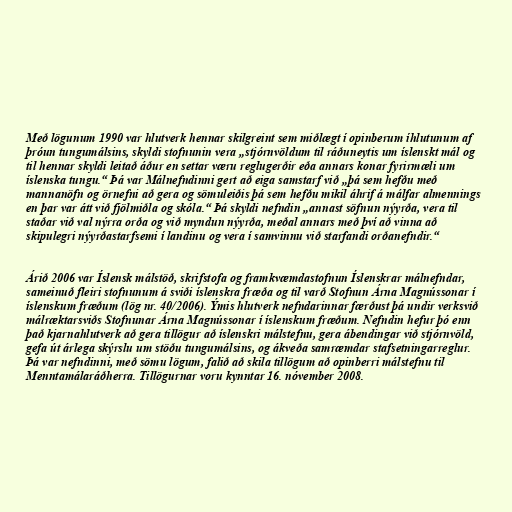
Með lögunum 1990 var hlutverk hennar skilgreint sem miðlægt í opinberum íhlutunum af
þróun tungumálsins, skyldi stofnunin vera „stjórnvöldum til ráðuneytis um íslenskt mál og
til hennar skyldi leitað áður en settar væru reglugerðir eða annars konar fyrirmæli um
íslenska tungu.“ Þá var Málnefndinni gert að eiga samstarf við „þá sem hefðu með
mannanöfn og örnefni að gera og sömuleiðis þá sem hefðu mikil áhrif á málfar almennings
en þar var átt við fjölmiðla og skóla.“ Þá skyldi nefndin „annast söfnun nýyrða, vera til
staðar við val nýrra orða og við myndun nýyrða, meðal annars með því að vinna að
skipulegri nýyrðastarfsemi í landinu og vera í samvinnu við starfandi orðanefndir.“

Árið 2006 var Íslensk málstöð, skrifstofa og framkvæmdastofnun Íslenskrar málnefndar,
sameinuð fleiri stofnunum á sviði íslenskra fræða og til varð Stofnun Árna Magnússonar í
íslenskum fræðum (lög nr. 40/2006). Ýmis hlutverk nefndarinnar færðust þá undir verksvið
málræktarsviðs Stofnunar Árna Magnússonar í íslenskum fræðum. Nefndin hefur þó enn
það kjarnahlutverk að gera tillögur að íslenskri málstefnu, gera ábendingar við stjórnvöld,
gefa út árlega skýrslu um stöðu tungumálsins, og ákveða samræmdar stafsetningarreglur.
Þá var nefndinni, með sömu lögum, falið að skila tillögum að opinberri málstefnu til
Menntamálaráðherra. Tillögurnar voru kynntar 16. nóvember 2008.